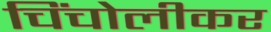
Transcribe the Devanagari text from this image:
चिंचोलीकर